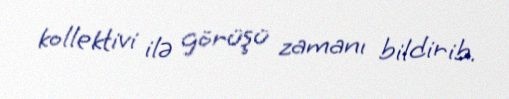
kollektivi ilə görüşü zamanı bildirib.